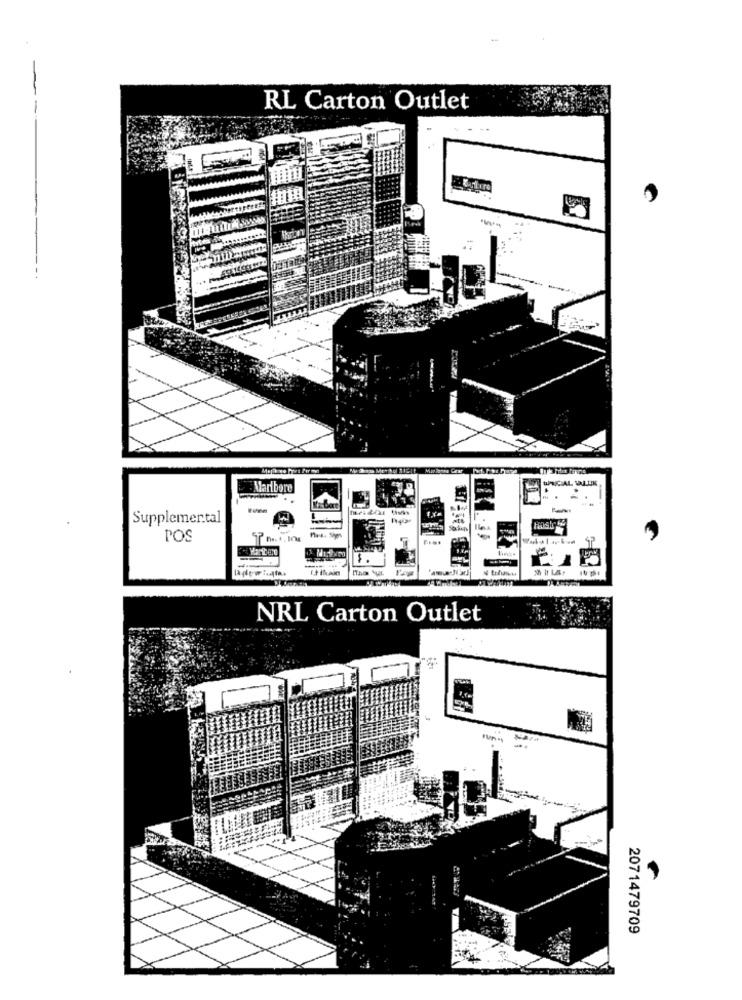
RL Carton Outlet
....
Maribore
Supplemental
POS
NRL Carton Outlet
2071479709